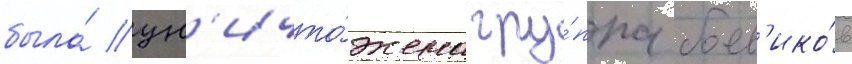
была́ ун'ичто́жена гру́ппа боев'ико́в